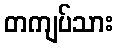
တကျပ်သား